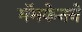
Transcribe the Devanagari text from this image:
मॅमकेनने